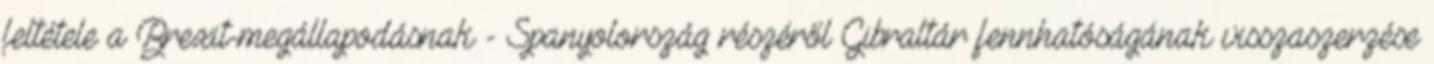
feltétele a Brexit-megállapodásnak - Spanyolország részéről Gibraltár fennhatóságának visszaszerzése